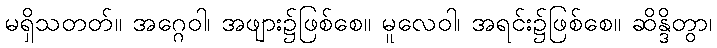
မရှိသတတ်။ အဂ္ဂေဝါ၊ အဖျား၌ဖြစ်စေ။ မူလေဝါ၊ အရင်း၌ဖြစ်စေ။ ဆိန္ဒိတွာ၊